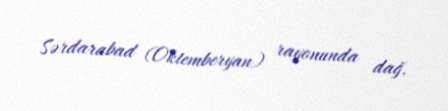
Sərdarabad (Oktemberyan) rayonunda dağ.